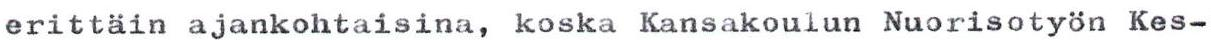
erittäin ajankohtaisina, koska Kansakoulun Nuorisotyön Kes-